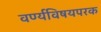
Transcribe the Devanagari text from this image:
वर्ण्यविषयपरक